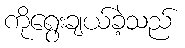
ကိုရွေးချယ်ခဲ့သည်